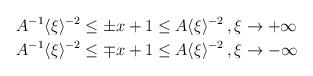
LaTeX: \begin{align*} A^{-1}\langle\xi\rangle^{-2} & \le \pm x +1 \le A \langle\xi\rangle^{-2} \, , \xi \rightarrow +\infty \\A^{-1}\langle\xi\rangle^{-2} & \le \mp x +1 \le A \langle\xi\rangle^{-2} \, , \xi \rightarrow -\infty \end{align*}